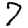
Digit: 7